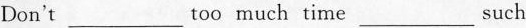
Don't ___ too much time ___ such